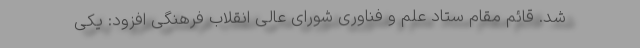
شد. قائم مقام ستاد علم و فناوری شورای عالی انقلاب فرهنگی افزود: یکی